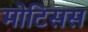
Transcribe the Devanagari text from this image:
मोटिसस